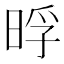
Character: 𭦊